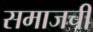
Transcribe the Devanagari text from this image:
समाजची